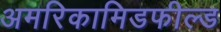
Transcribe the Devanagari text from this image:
अमरिकामिडफील्‍ड